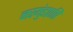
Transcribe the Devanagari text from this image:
नरमुंडप्राप्ति